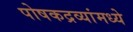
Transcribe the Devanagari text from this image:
पोषकद्रव्यांमध्ये